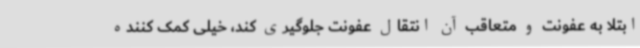
ابتلا به عفونت و متعاقب آن انتقال عفونت جلوگیری کند، خیلی کمک کننده